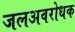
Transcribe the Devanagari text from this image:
जलअवरोधक